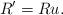
LaTeX: \begin{align*}R' = Ru.\end{align*}